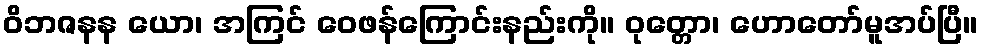
ဝိဘဇနန ယော၊ အကြင် ဝေဖန်ကြောင်းနည်းကို။ ဝုတ္တော၊ ဟောတော်မူအပ်ပြီ။